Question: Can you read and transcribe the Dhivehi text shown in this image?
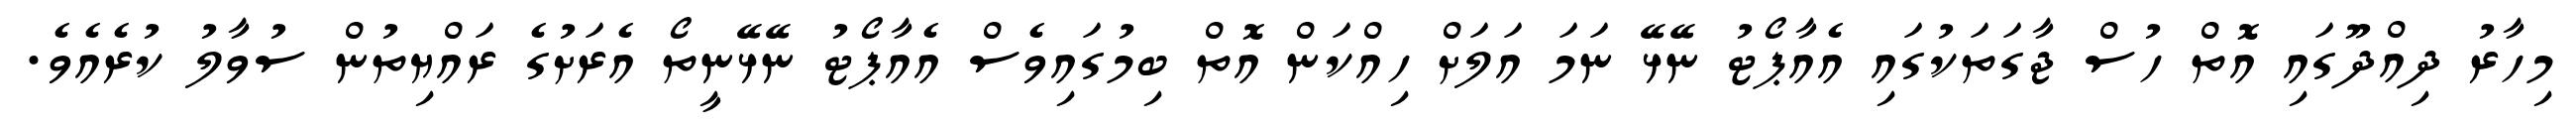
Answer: މިހާރު ދިއްދޫގައި އޮތް ހުސް ޖާގަތަކުގައި އެއާޕޯޓު ނޭޅޭ ނަމަ އަލަށް ހިއްކަން އޮތް ބިމުގައިވެސް އެއާޕޯޓު ނޭޅޭނީތޯ އެރަށުގެ ރައްޔިތުން ސުވާލު ކުރެއެވެ.